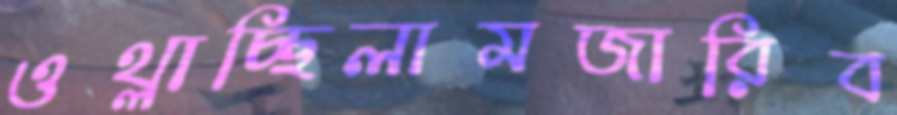
ওথ্‌লাচ্ছিলামজারিব